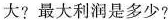
大?最大利润是多少?